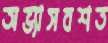
অভ্যাসবশত